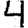
Digit: 4